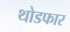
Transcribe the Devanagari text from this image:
थोडफार